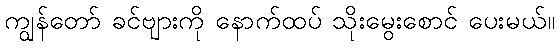
ကျွန်တော် ခင်ဗျားကို နောက်ထပ် သိုးမွေးစောင် ပေးမယ်။